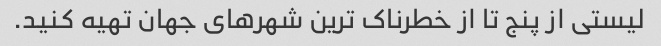
لیستی از پنج تا از خطرناک ترین شهرهای جهان تهیه کنید.